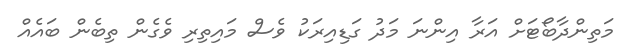
މަތިންދާބޯޓަށް އަރާ އިންނަ މަދު ގަޑިއިރަކު ވެސް މައިތިރި ވެގެން ތިބެން ބައެއް